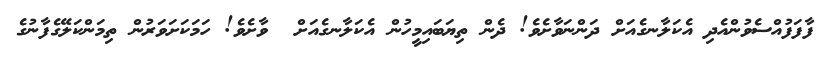
ފާފަފުއްސެވުންއެދި އެކަލާނގެއަށް ދަންނަވާށެވެ! ދެން ތިޔަބައިމީހުން އެކަލާނގެއަށް  ވާށެވެ! ހަމަކަށަވަރުން ތިމަންކަލޭގެފާނުގެ